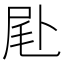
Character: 𠧮